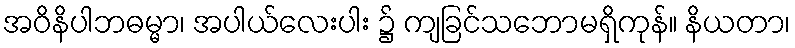
အဝိနိပါဘဓမ္မာ၊ အပါယ်လေးပါး ၌ ကျခြင်သဘောမရှိကုန်။ နိယတာ၊